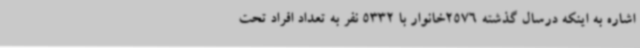
اشاره به اینکه درسال گذشته 2576خانوار با 5332 نفر به تعداد افراد تحت